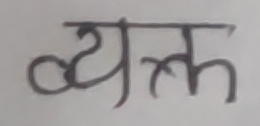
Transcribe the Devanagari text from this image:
व्यक्त